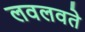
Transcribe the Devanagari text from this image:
लवलवते